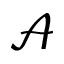
\mathcal { A }